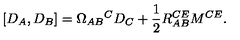
[ D _ { A } , D _ { B } ] = \Omega _ { A B } { } ^ { C } D _ { C } + \frac { 1 } { 2 } R _ { A B } ^ { C E } M ^ { C E } .